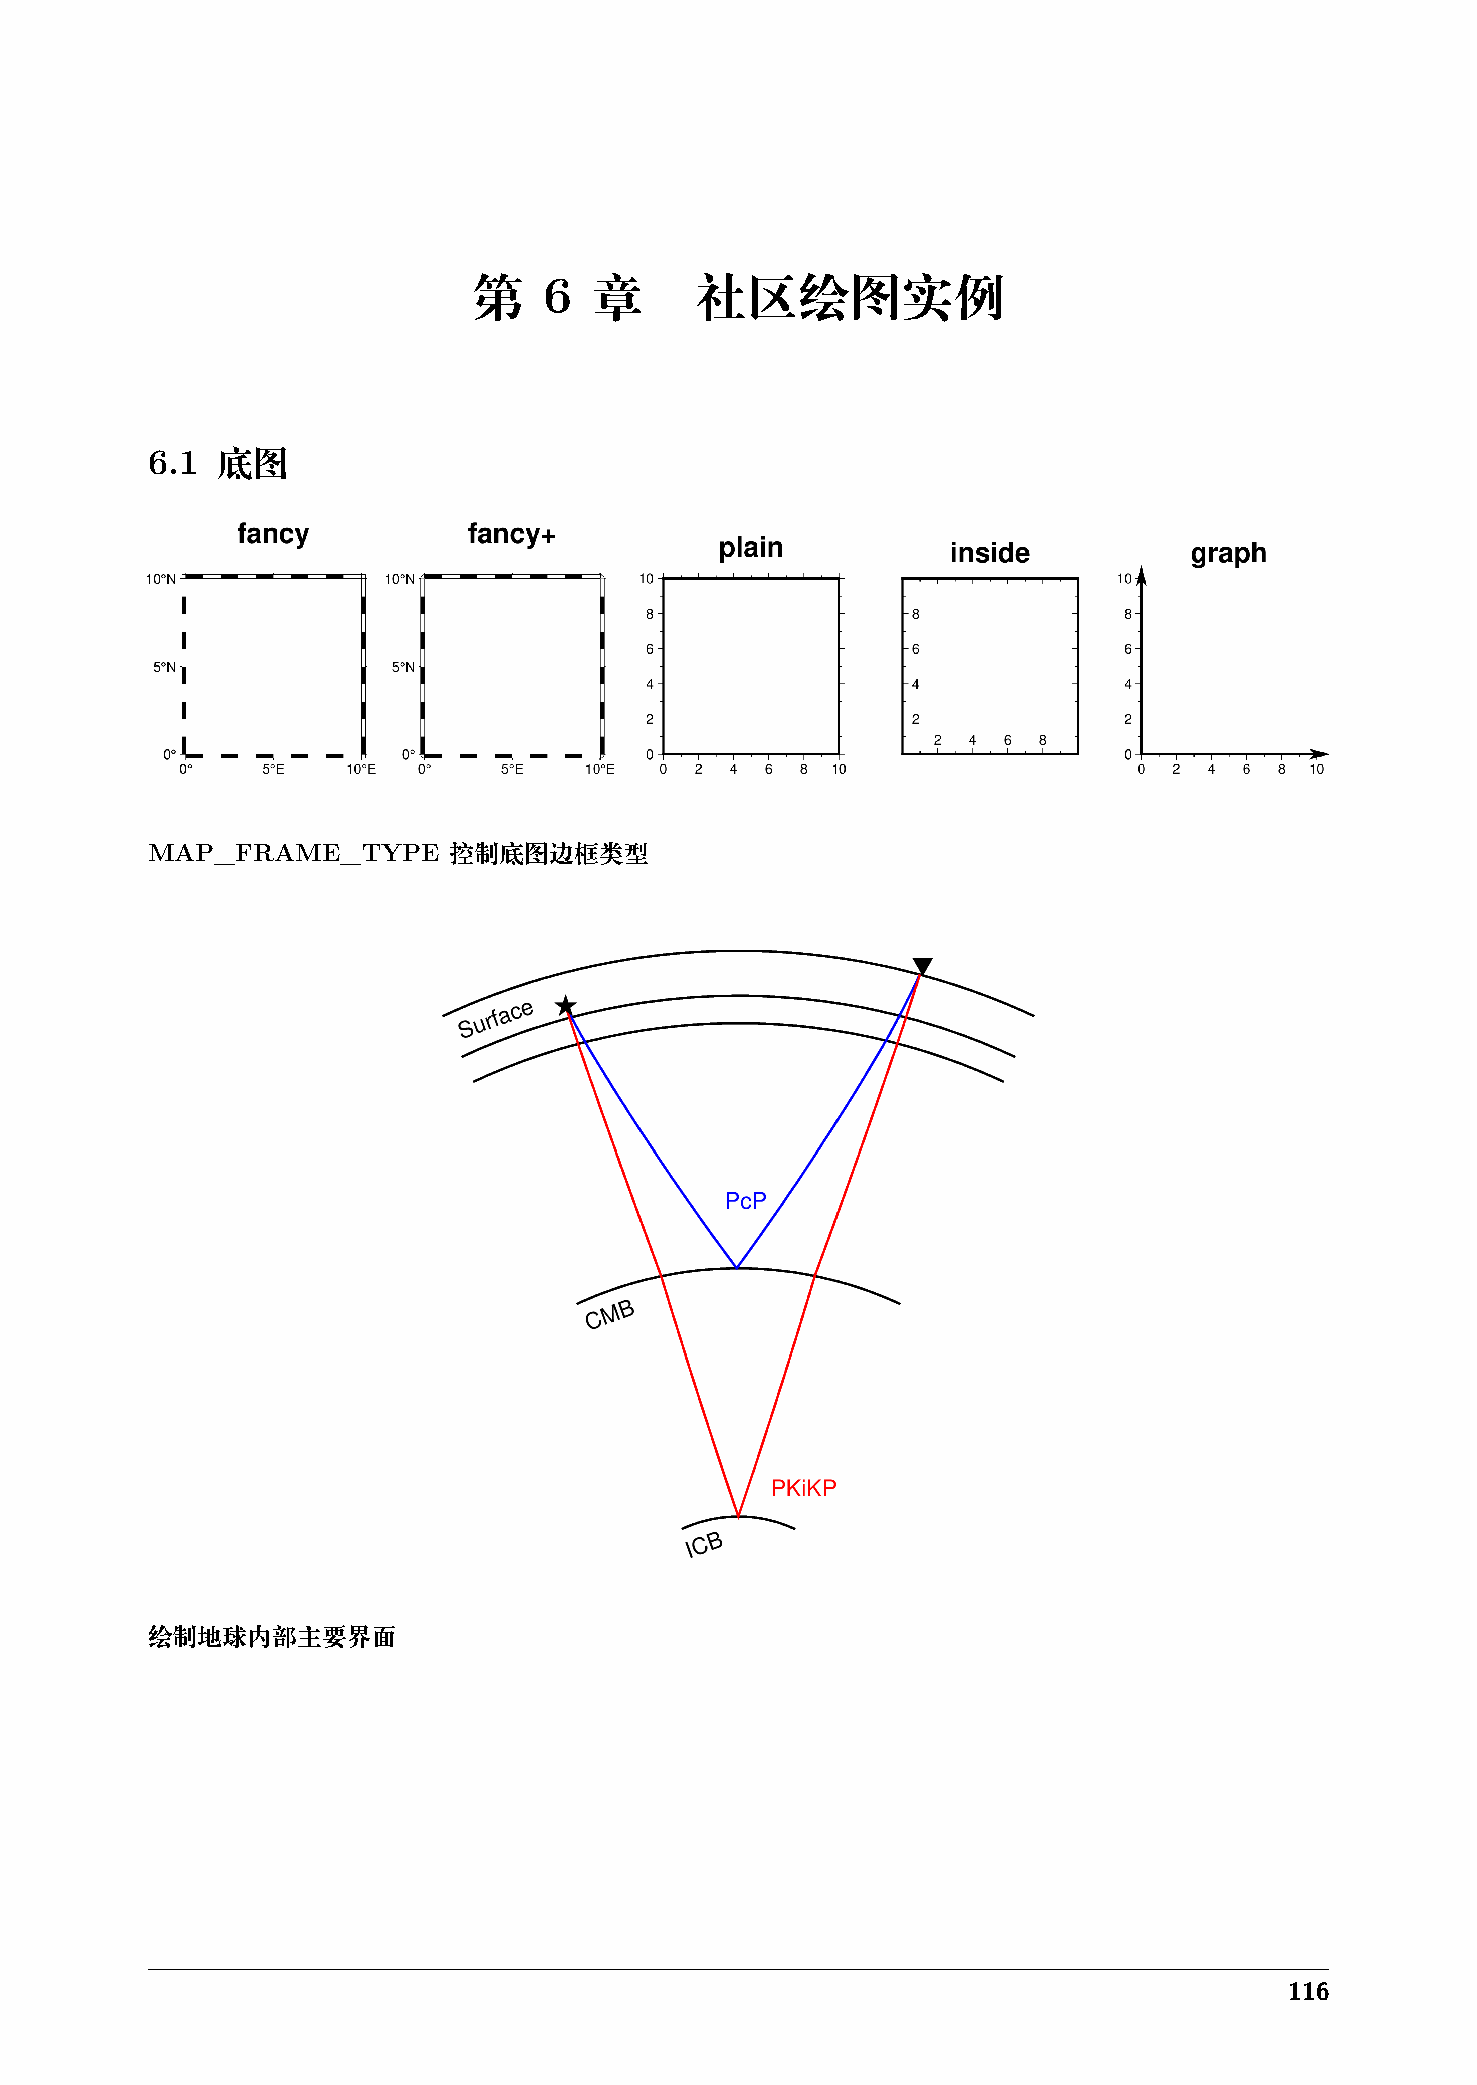
第    6  章      社区绘图实例
 6.1 底图
 MAP_FRAME_TYPE      控制底图边框类型
 绘制地球内部主要界面
 116